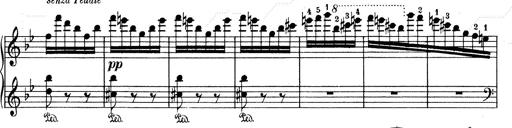
Title: Mephisto Waltz No.1
Composer: Franz Liszt